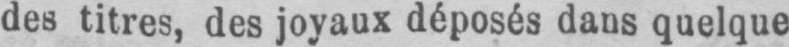
des titres, des joyaux déposés dans quelque